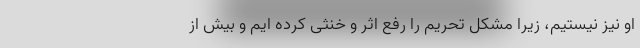
او نیز نیستیم، زیرا مشکل تحریم را رفع اثر و خنثی کرده ایم و بیش از